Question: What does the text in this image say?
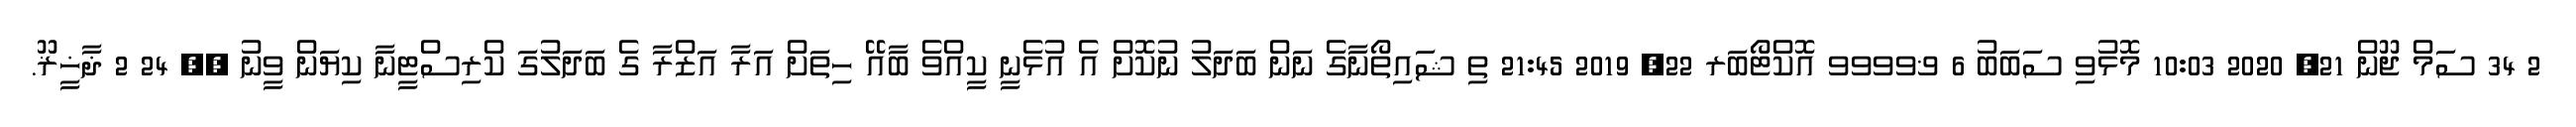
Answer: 2 34 ސަމް ޖޫން 21, 2020 10:03 މޮޅުވި ސަބަބު 6 ޥވވވވ އޮކްޓޯބަރ 22, 2019 21:45 ތި ޝައިތޯނާގެ ނަން ބަދަލު ނުކޮށް އެ އުޅެނީ ކީއްވެ ބާއޭ ހިތަށް އަރާ އަޒްރާ ގެ ބަދަލުގަ ކްރިސްޓީނާ ކިޔަން ވީނު ?? 24 2 ޛާޚީޜޫ.